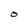
Character: 0